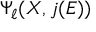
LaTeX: \Psi _ { \ell } ( X , j ( E ) )